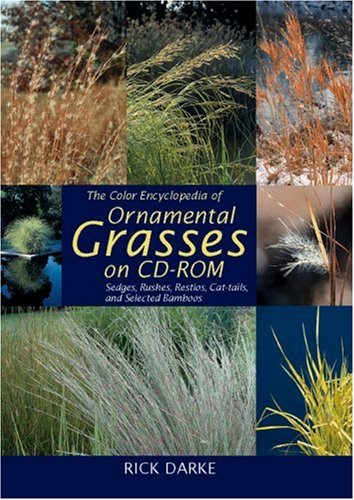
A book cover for The Color Encyclopedia of Ornamental Grasses: Sedges, Rushes, Restios, Cat-Tails and Selected Bamboos; Rick Darke; Crafts, Hobbies & Home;